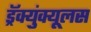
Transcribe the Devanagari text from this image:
ड्रॅक्युंक्यूलस